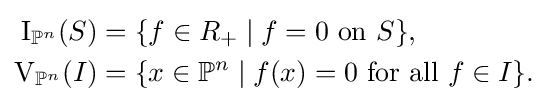
{\begin{aligned}\operatorname {I} _{\mathbb {P} ^{n}}(S)&=\{f\in R_{+}\mid f=0{\text{ on }}S\},\\\operatorname {V} _{\mathbb {P} ^{n}}(I)&=\{x\in \mathbb {P} ^{n}\mid f(x)=0{\text{ for all }}f\in I\}.\end{aligned}}